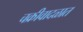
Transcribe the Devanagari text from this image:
चक्रीवादळात